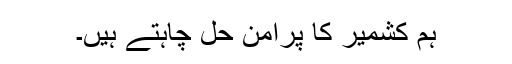
ہم کشمیر کا پرامن حل چاہتے ہیں۔